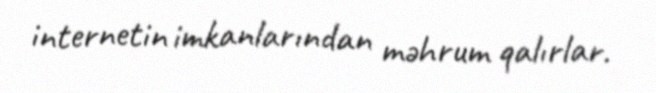
internetin imkanlarından məhrum qalırlar.